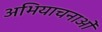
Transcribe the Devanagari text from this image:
अभियाचनाओं